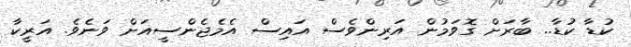
ކުޑާ ކުޑާ.. ބާރަށް ގޮވަމުން އަރިންވެސް އައިސް އެމެޖެންސީއަށް ވަނެވެ. އަރީކާ